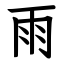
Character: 雨